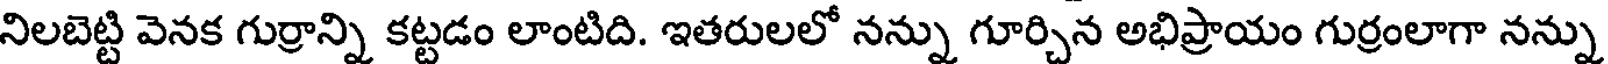
నిలబెట్టి వెనక గుర్రాన్ని కట్టడం లాంటిది. ఇతరులలో నన్ను గూర్చిన అభిప్రాయం గుర్రంలాగా నన్ను